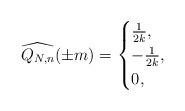
LaTeX: \begin{align*}\widehat{Q_{N,n}}(\pm m)=\begin{cases}\frac 1{2k}, &\\-\frac 1{2k}, &\\0, &\end{cases}\end{align*}